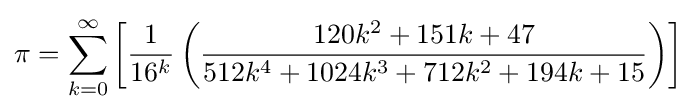
\pi =\sum _{k=0}^{\infty }\left[{\frac {1}{16^{k}}}\left({\frac {120k^{2}+151k+47}{512k^{4}+1024k^{3}+712k^{2}+194k+15}}\right)\right]